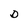
Character: D